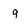
Character: q